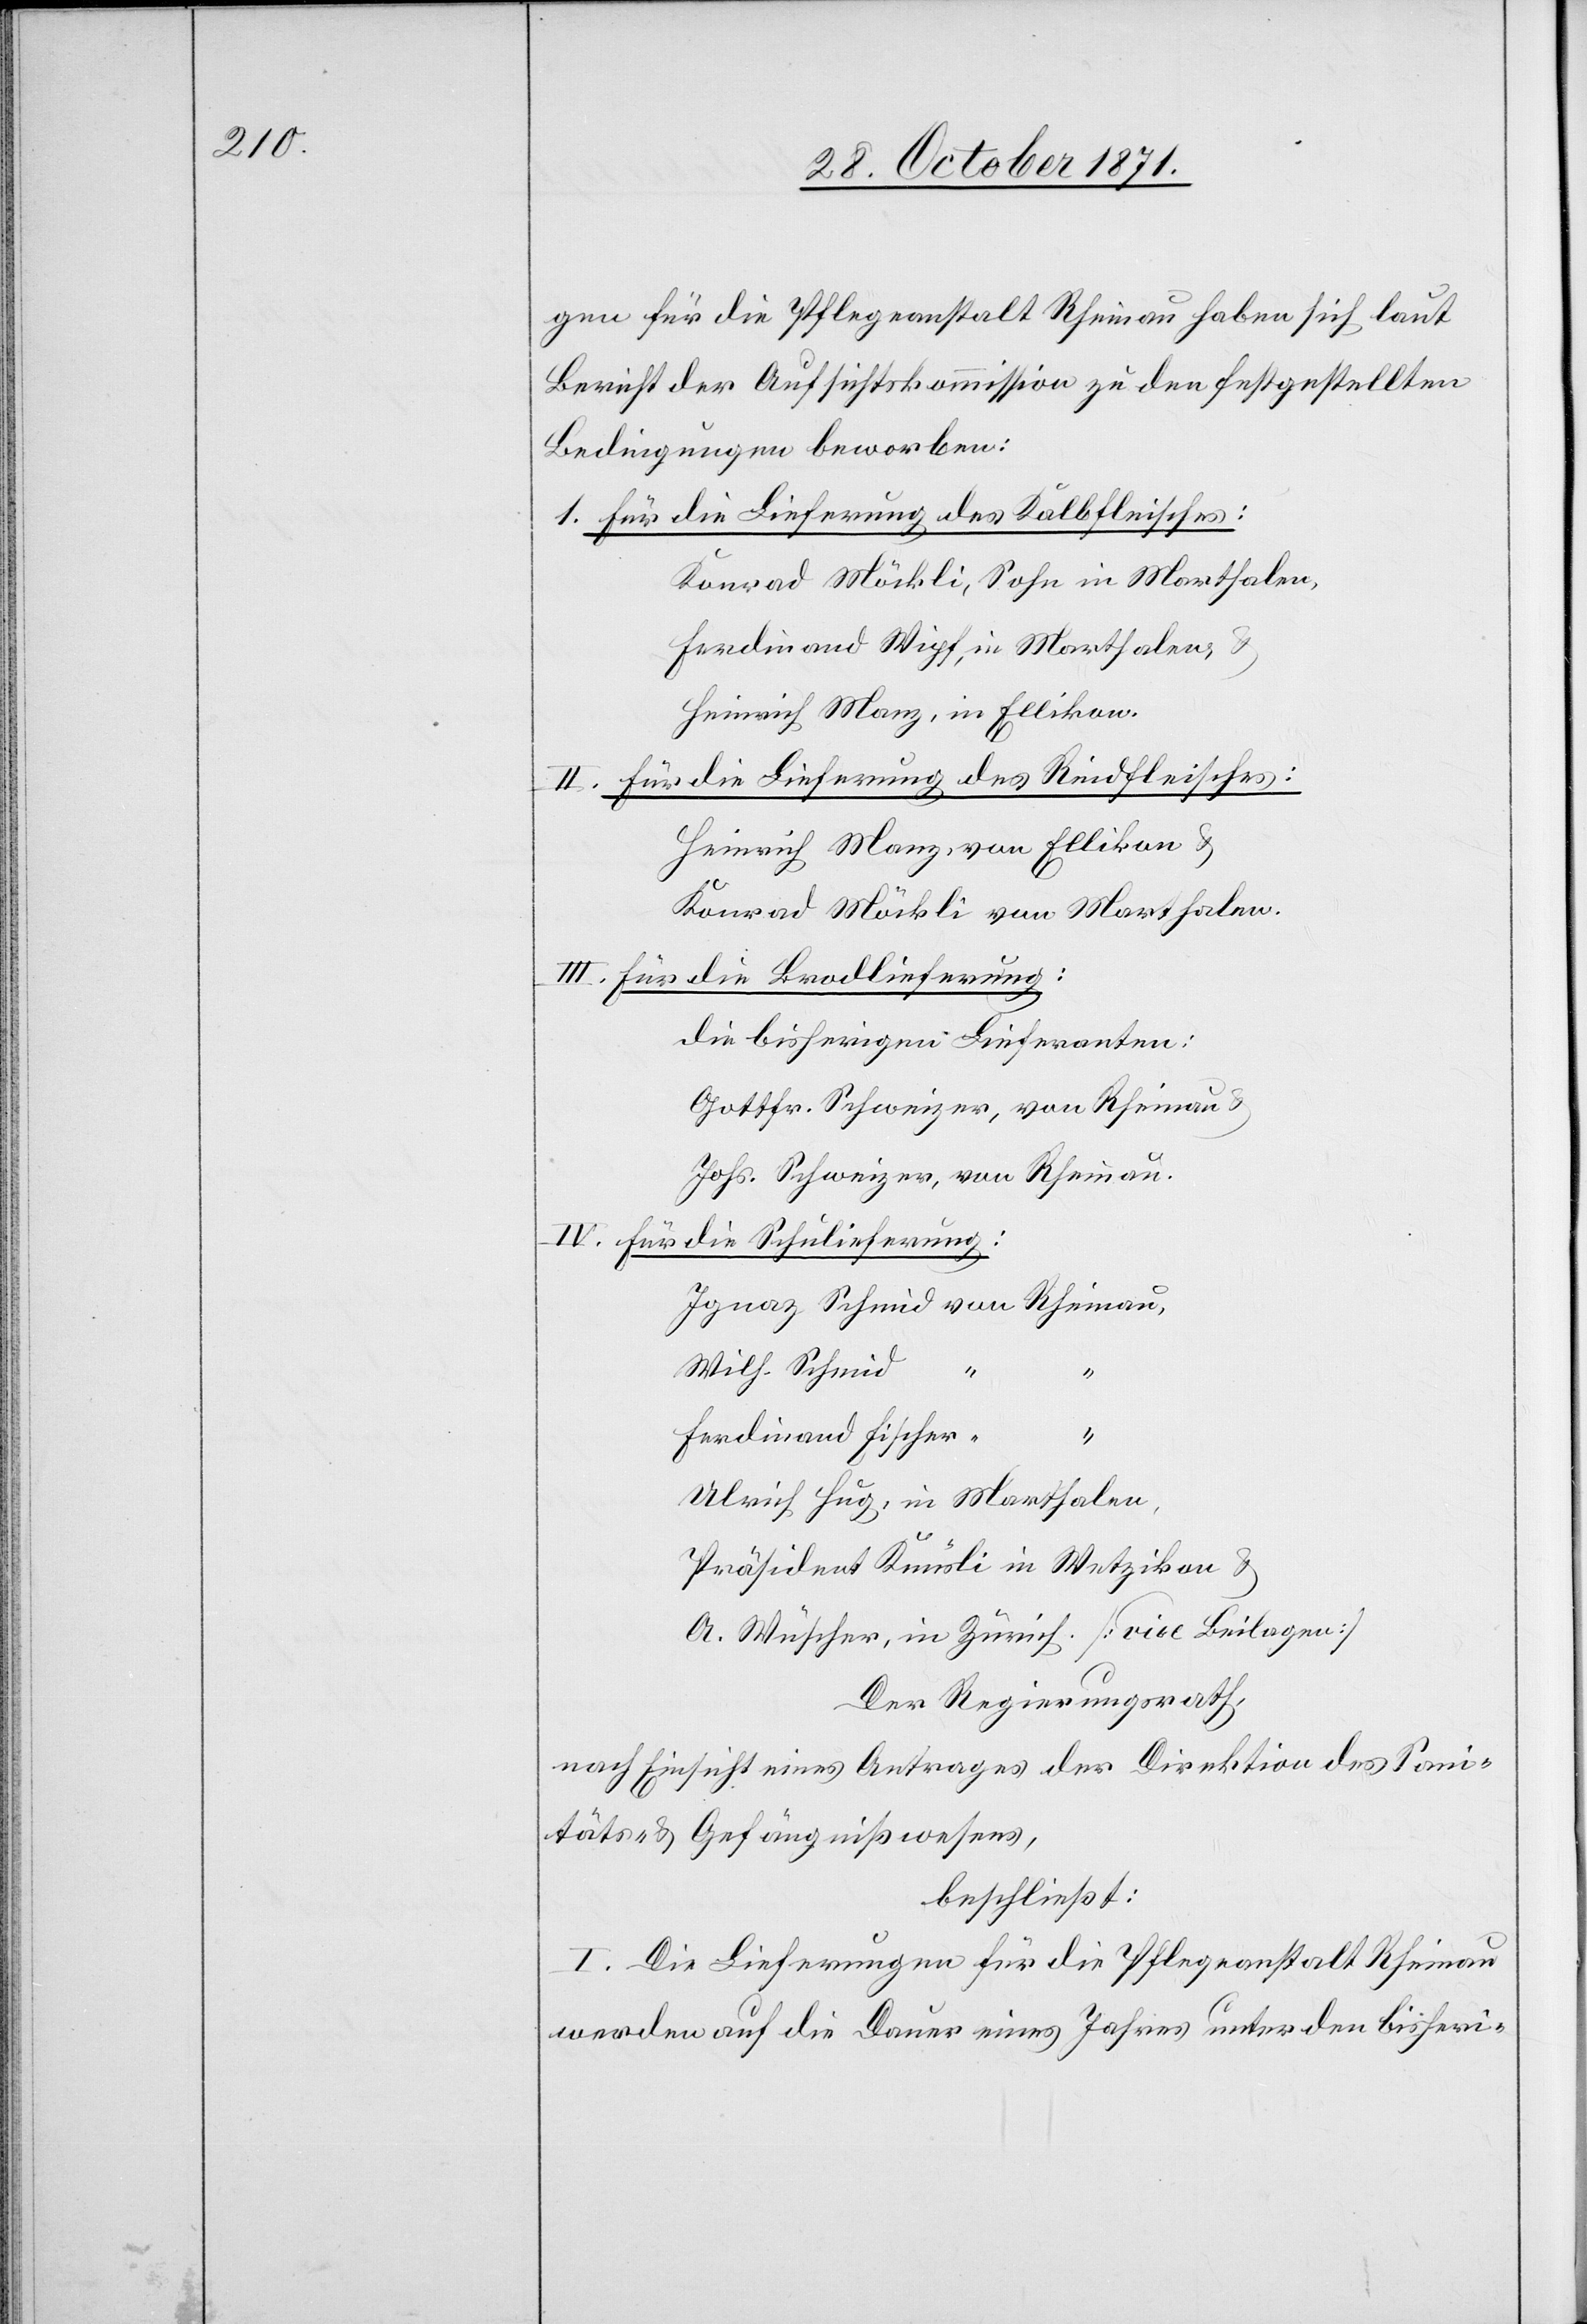
gen für die Pflegeanstalt Rheinau haben sich laut
Bericht der Aufsichtskommission zu den festgestellten
Bedingungen beworben:
1. für die Lieferung des Kalbfleisches:
Konrad Möckli, Sohn in Marthalen,
Ferdinand Wipf, in Marthalen
Heinrich Manz, in Ellikon.
für die Lieferung des Rindfleisches:
Heinrich Manz, von Ellikon &
Konrad Möckli von Marthalen.
III. für die Brodlieferung:
Die bisherigen Lieferanten:
Gottfr. Schweizer, von Rheinau &
Johs. Schweizer, von Rheinau.
IV. für die Schulieferung:
Ignaz Schmid von Rheinau,
Wilh. Schmid
“
“
Ferdinand Fischer “
Ulrich Hug, in Marthalen,
Präsident Knüsli in Wetzikon &
A. Wüscher, in Zürich [vide Beilagen]
Der Regierungsrath,
nach Einsicht eines Antrages der Direktion des Sani¬
täts- & Gefängnißwesens,
beschließt:
I. Die Lieferungen für die Pflegeanstalt Rheinau
werden auf die Dauer eines Jahres unter den bisheri-